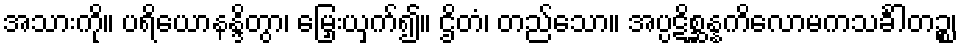
အသားကို။ ပရိယောနန္ဒိတွာ၊ မြှေးယှက်၍။ ဌိတံ၊ တည်သော။ အပ္ပဋိစ္ဆန္နကိလောမကသင်္ခါတဉ္စ၊